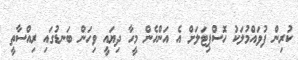
ކުރިން ފުވައްމުލަކު ހޮސްޕިޓަލަށް އެ އަންހެން މީހާ ދިޔައީ ވިހަން ބަނޑުގައި ރިއްސާތީ